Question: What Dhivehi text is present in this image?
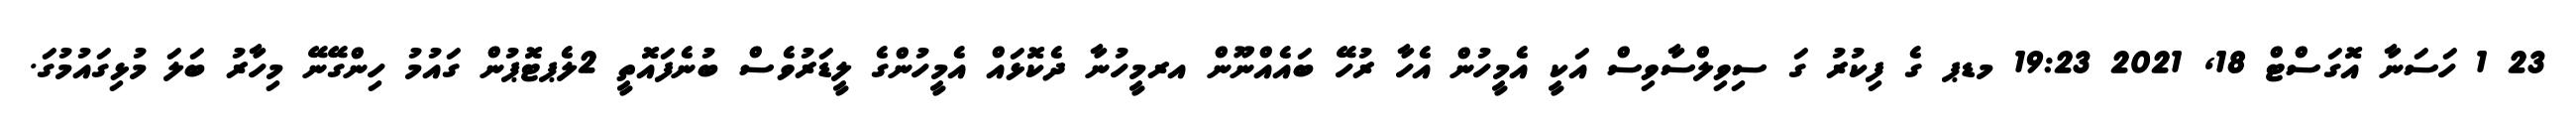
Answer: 23 1 ހަސަނާ އޮގަސްޓް 18, 2021 19:23 މޑޕ ގެ ފިކުރު ގަ ސިވިލްސާވިސް އަކީ އެމީހުން އެހާ ރުހޭ ބައެއްނޫން އރމީހުނާ ދެކޮޅައް އެމީހުންގެ ލީޑަރުވެސް ބުނެފައޮތީ 2ލެޕޓޮޕުން ގައުމު ހިންގޭނޭ މިހާރު ބަލަ މުޅިގައުމުގަ.